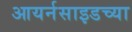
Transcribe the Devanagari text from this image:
आयर्नसाइडच्या